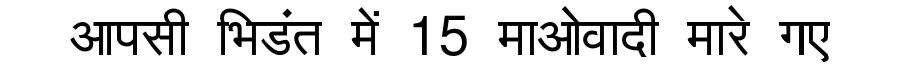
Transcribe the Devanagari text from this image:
आपसी भिडंत में 15 माओवादी मारे गए